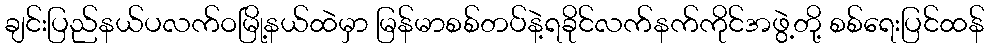
ချင်းပြည်နယ်ပလက်ဝမြို့နယ်ထဲမှာ မြန်မာစစ်တပ်နဲ့ရခိုင်လက်နက်ကိုင်အဖွဲ့တို့ စစ်ရေးပြင်ထန်